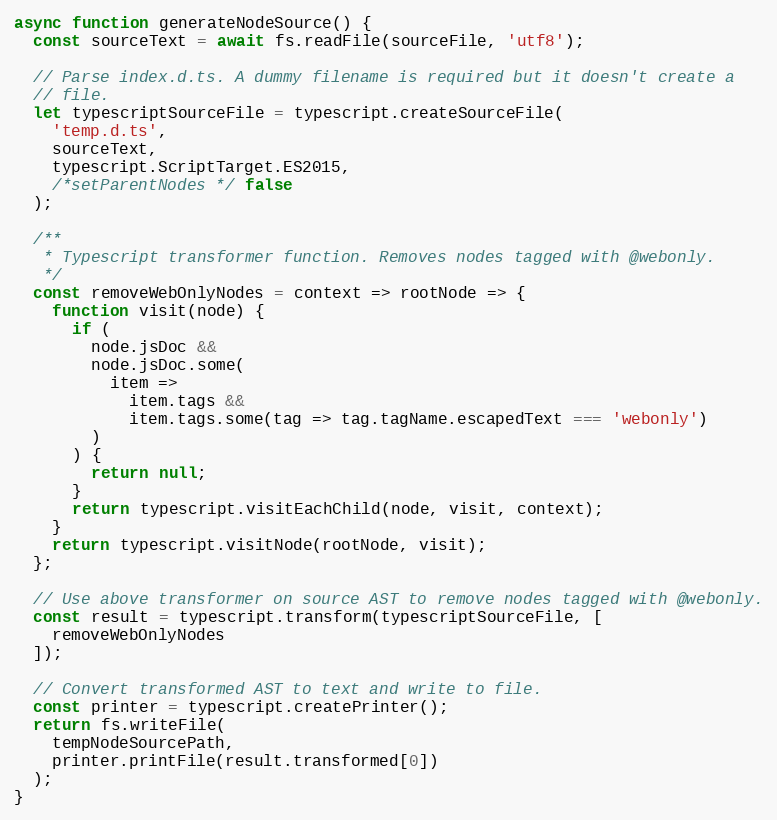
Language: JavaScript
async function generateNodeSource() {
  const sourceText = await fs.readFile(sourceFile, 'utf8');

  // Parse index.d.ts. A dummy filename is required but it doesn't create a
  // file.
  let typescriptSourceFile = typescript.createSourceFile(
    'temp.d.ts',
    sourceText,
    typescript.ScriptTarget.ES2015,
    /*setParentNodes */ false
  );

  /**
   * Typescript transformer function. Removes nodes tagged with @webonly.
   */
  const removeWebOnlyNodes = context => rootNode => {
    function visit(node) {
      if (
        node.jsDoc &&
        node.jsDoc.some(
          item =>
            item.tags &&
            item.tags.some(tag => tag.tagName.escapedText === 'webonly')
        )
      ) {
        return null;
      }
      return typescript.visitEachChild(node, visit, context);
    }
    return typescript.visitNode(rootNode, visit);
  };

  // Use above transformer on source AST to remove nodes tagged with @webonly.
  const result = typescript.transform(typescriptSourceFile, [
    removeWebOnlyNodes
  ]);

  // Convert transformed AST to text and write to file.
  const printer = typescript.createPrinter();
  return fs.writeFile(
    tempNodeSourcePath,
    printer.printFile(result.transformed[0])
  );
}